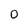
Character: 0